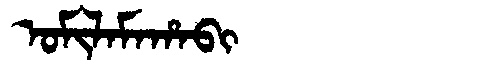
Manchu: ᠣᠮᡳᠯᠠᠮᠠᡥᠠᠪᡳ
Romanization: OMILAMAHABI